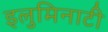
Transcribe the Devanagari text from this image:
इलुमिनाटी